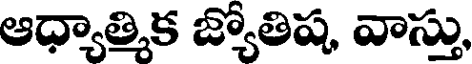
ఆధ్యాత్మిక జ్యోతిష, వాస్తు,